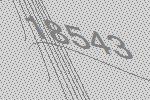
18543